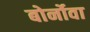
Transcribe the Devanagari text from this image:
बोर्नोवा